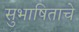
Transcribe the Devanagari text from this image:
सुभाषिताचे